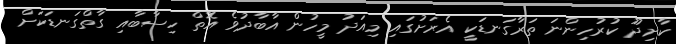
ކާށިދޫ ކުރުހިންނަ ތަރާގަނޑަކީ އެރަށުގައި މިއަދު މީހުން އާބާދުވެ އޮތް ހިސާބާއި ގާތްގަނޑަކަށް